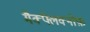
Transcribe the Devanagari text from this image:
मैक्फ्लेक्नोफ़